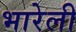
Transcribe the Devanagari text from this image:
भारेली